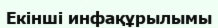
Екінші инфақұрылымы